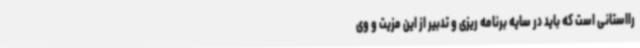
رااستانی است که باید در سایه برنامه ریزی و تدبیر از این مزیت و وی